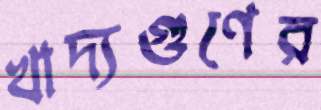
খাদ্যগুণের